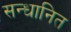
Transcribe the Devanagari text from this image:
सन्धानित